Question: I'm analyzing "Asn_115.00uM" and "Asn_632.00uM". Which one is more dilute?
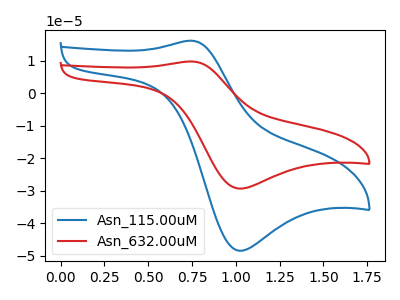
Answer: <think>The blue curve "Asn_115.00uM" has an anodic peak at (0.75V, 16.20uA) and a cathodic peak at (1.00V, -48.50uA). The red curve "Asn_632.00uM" has an anodic peak at (0.75V, 9.80uA) and a cathodic peak at (1.00V, -29.35uA).
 All the peaks in "Asn_115.00uM" have a peak in "Asn_632.00uM" at the same potential. Every peak in "Asn_115.00uM" is higher than every peak in "Asn_632.00uM".</think>
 <answer>"Asn_115.00uM" has more signal than "Asn_632.00uM" and so likely has a higher concentration.</answer>
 <eval>more_concentration</eval>